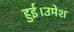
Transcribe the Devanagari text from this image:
हुई।उमेश